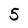
Character: 5